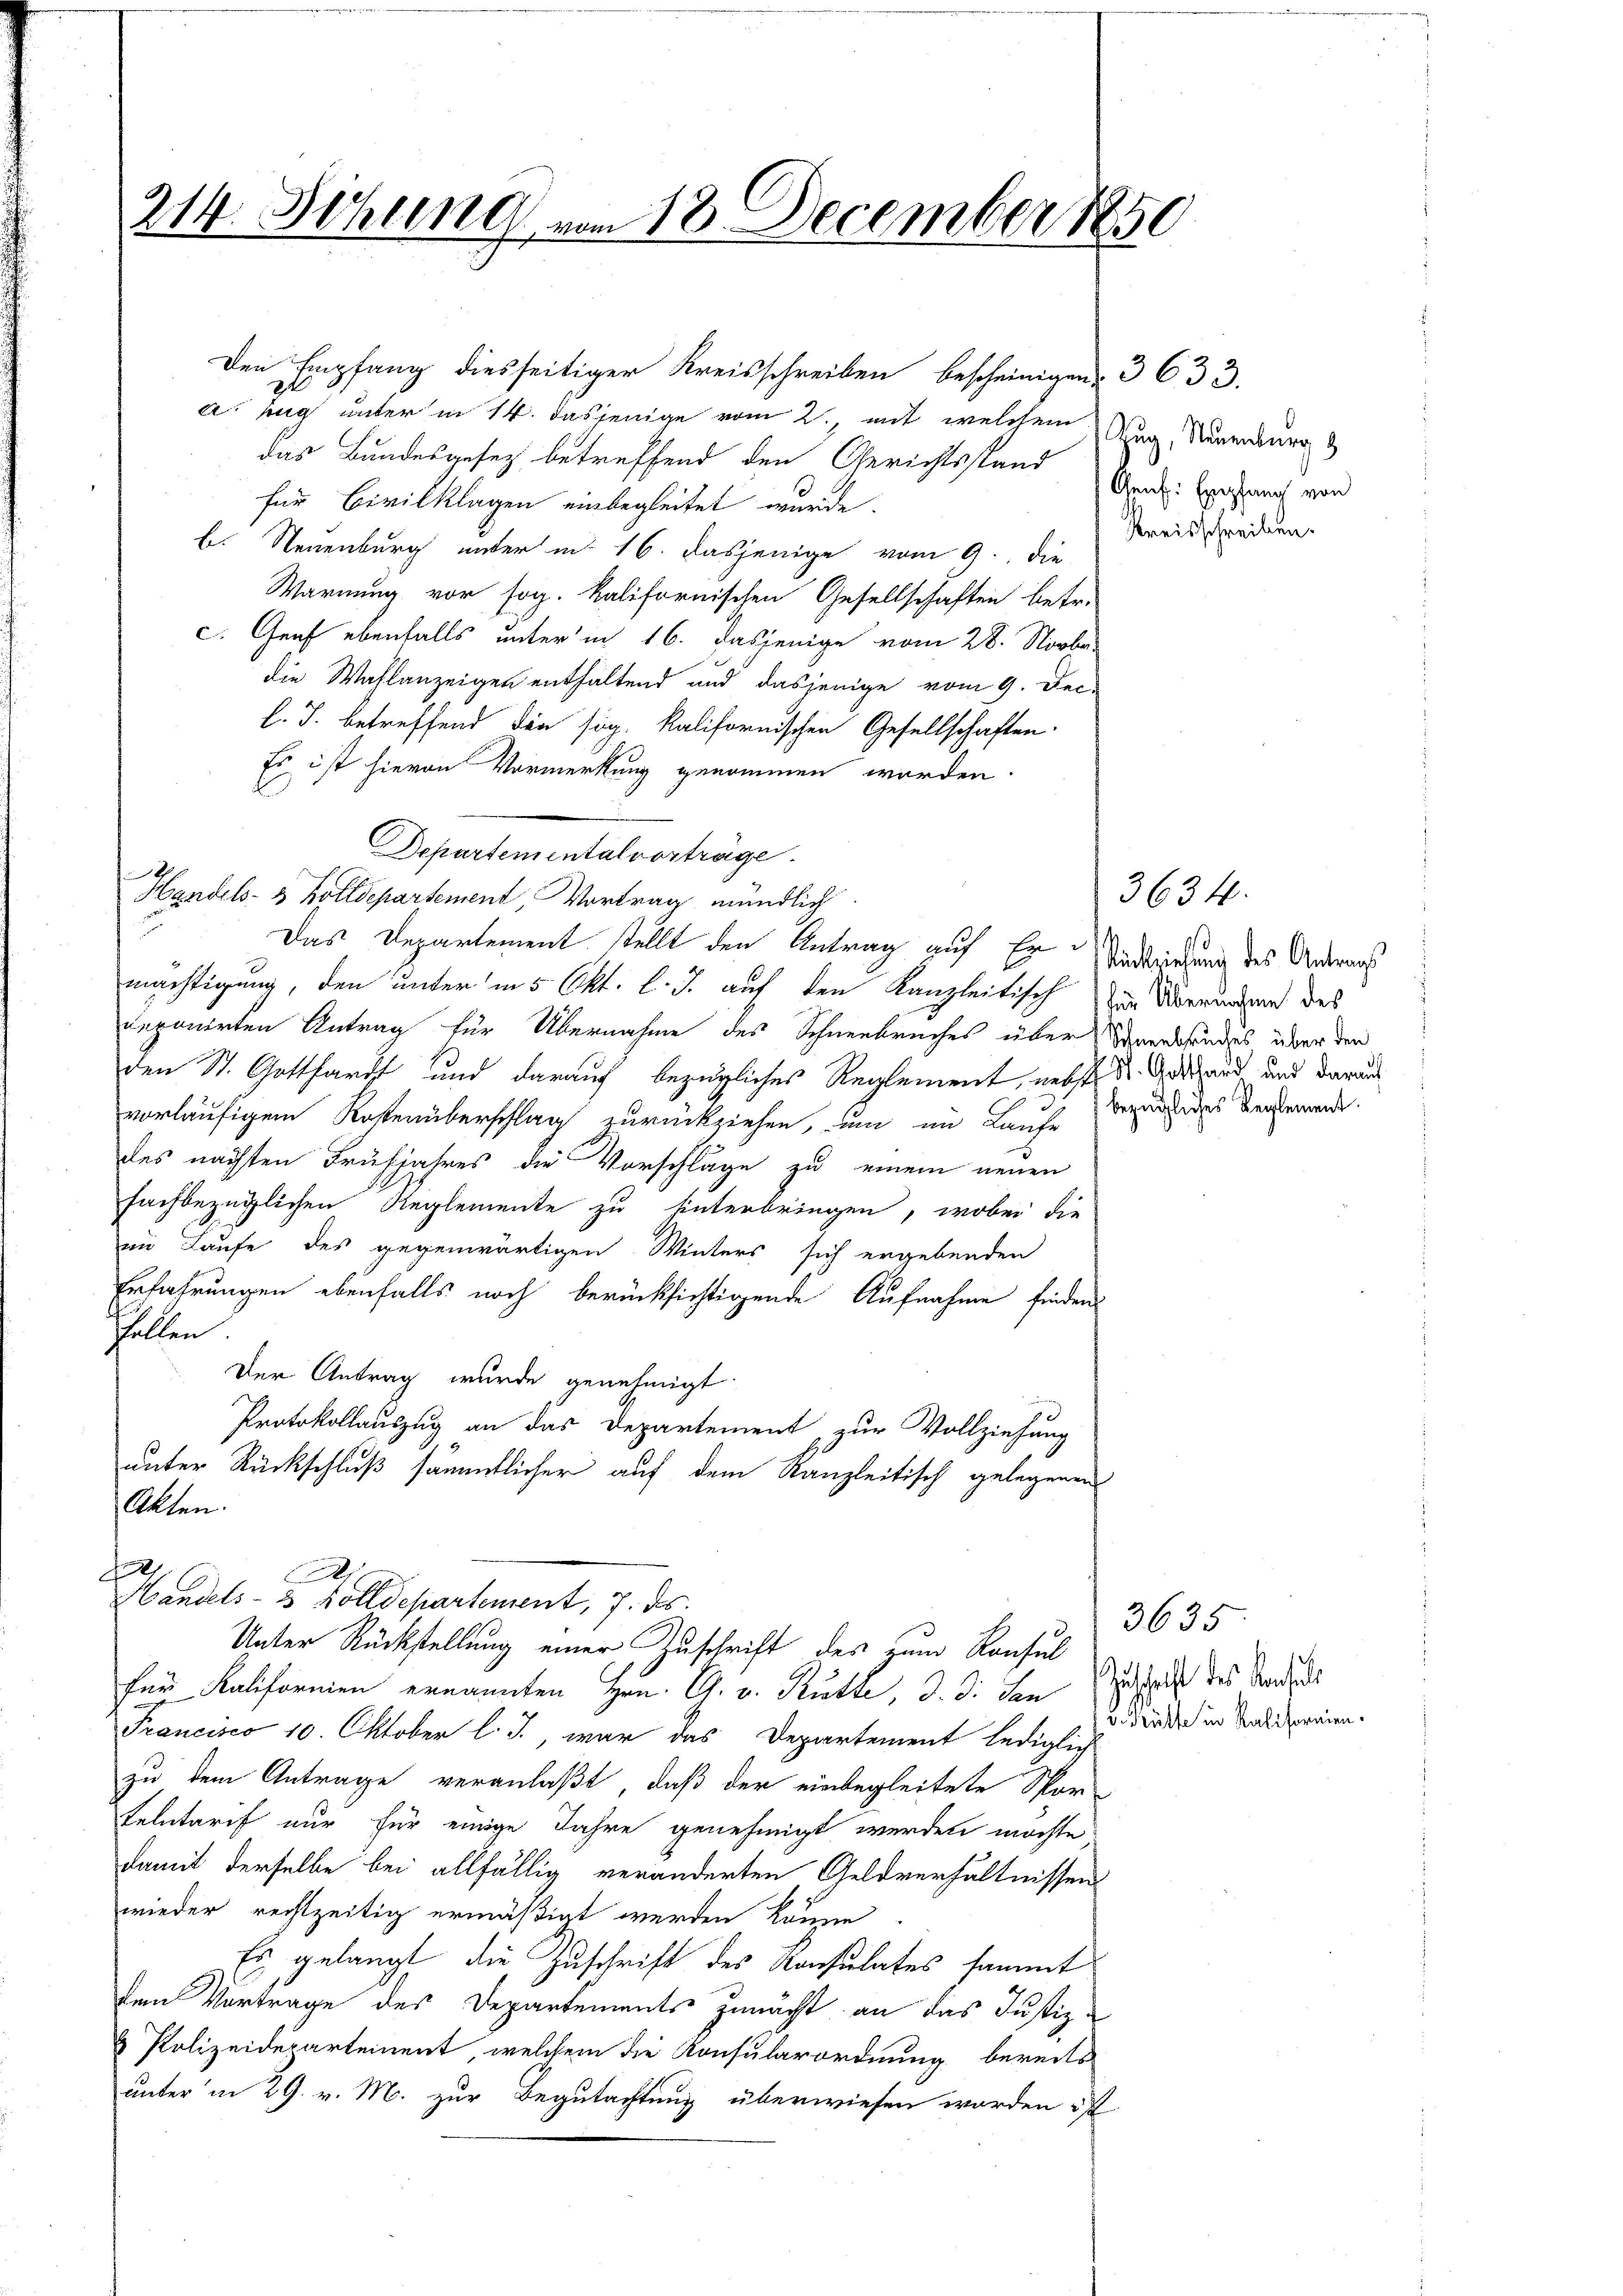
Den Empfang diesseitiger Kreisschreiben bescheinigen 3 633.
a. h unter in 14. dasjenige vom 2., mit welchem Neuenburg
das Bundesgesez betreffend den Gerichtsstand
für Civilklagen einbegleitet wurde.
b. Neuenburg unter in 16. dasjenige vom 9. Die
Warnung vor sog. Kalifornischen Gesellschaften betr.
c. Graf ebenfalls unter in 16. dasjenige vom 28. Novbr.
die Wahlanzeigen enthaltend und dasjenige vom 9. Fec-
l. J. betreffend die sog. Kalifornischen Gesellschaften.
Es ist hievon Vormerkung genommen worden.
Departemental vorträge.
20
Handels- & Zolldepartement, Vortrag mündlich
mächtigung, den unter in 5 Okt. l. J. auf den Kanzleitisch zur Überwundung des
deponirten Antrag für Übernahme des Schneebruches über Urenkundes über den
den St. Gotthard und darauf bezügliches Reglement, nebste St. Gestand, und daraus
vorläufigem Rokenüberschlag zurückziehen, um im Laufe verung des dersemend
des nächsten Frühjahres die Vorschläge zu einem neuen
fachbezüglichen Reglemente zu hinterbringen, wobei die
im Laufe des gegenwärtigen. Winters sich ergebenden
Erfahrungen ebenfalls noch berücksichtigende Aufnahme finden
Fällen
Der Antrag wurde genehmigt
Protokollauszug an das Departement zur Vollziehung
unter Rückschluß sämmtlicher auf dem Kanzleitisch gelegenen
Akten.
d
1
Handels- 3 Zolldepartement, 7. ds.
Unter Rückstellung einer Zuschrift des zum Konsul
für Kalifornien ernannten Hrn. G. v. Kutte, d. d. den Zuschrift des Kandid
Francisco 10. Oktober l. J., war das Departement lediglich
zu dem Antrage veranlaßt, daß der einbegleitete Spor-
telntarif nur für einige Jahre genehmigt werden möchte,
damit derselbe bei allfällig veränderten Geldverhältnissens
wieder rechtzeitig ermäßigt werden könne
Es gelangt die Zuschrift des Konsulates sammt
dem Vortrage des Departements zunächt an das Justiz-
 Polizeidepartement, welchem die Konsularordnung bereits
unter in 29. v. M. zur Begutachtung überwiesen worden ist

14. Sitzung vom 18. December 1850

Das Departement stellt den Antrag auf Er Sinderiehung des Anderars

Genf. Empfang von
Kreisschreiben.

3634.

3635
d. Kälte in Kaliformien.